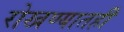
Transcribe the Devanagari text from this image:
रोखण्यातही